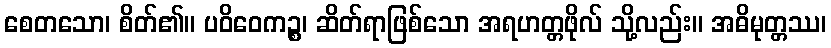
စေတသော၊ စိတ်၏။ ပဝိဝေကဉ္စ၊ ဆိတ်ရာဖြစ်သော အရဟတ္တဖိုလ် သို့လည်း။ အဓိမုတ္တဿ၊